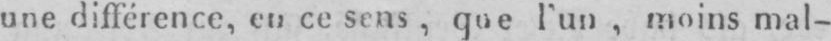
une différence, en ce sens, que l’un, moins mal-